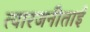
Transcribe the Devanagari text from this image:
त्यारजनीताई